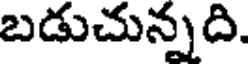
బడుచున్నది.